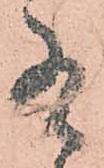
有